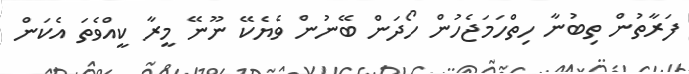
ފަރާތުން ތިބުނާ ހިތްހަމަޖެހުން ހޯދަން ބޭނުން ވެޔެކޭ ނޫނޭ މީރާ ކީއްވެތަ އެކަން